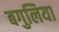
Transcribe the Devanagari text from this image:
बगुलिया